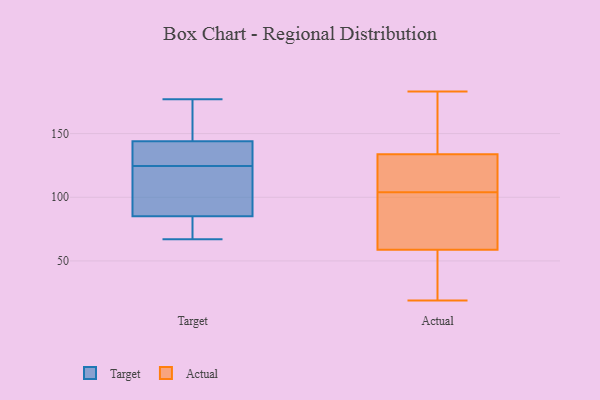
{"axis": {"x": "Net Income (USD K)", "y": "Value"}, "legend": ["Actual", "Target"], "data": [{"x": "", "y": 104, "type": "Target"}, {"x": "", "y": 174, "type": "Target"}, {"x": "", "y": 122, "type": "Target"}, {"x": "", "y": 74, "type": "Target"}, {"x": "", "y": 114, "type": "Target"}, {"x": "", "y": 172, "type": "Target"}, {"x": "", "y": 144, "type": "Target"}, {"x": "", "y": 128, "type": "Target"}, {"x": "", "y": 85, "type": "Target"}, {"x": "", "y": 127, "type": "Target"}, {"x": "", "y": 177, "type": "Target"}, {"x": "", "y": 70, "type": "Target"}, {"x": "", "y": 67, "type": "Target"}, {"x": "", "y": 133, "type": "Target"}, {"x": "", "y": 120, "type": "Actual"}, {"x": "", "y": 70, "type": "Actual"}, {"x": "", "y": 39, "type": "Actual"}, {"x": "", "y": 45, "type": "Actual"}, {"x": "", "y": 55, "type": "Actual"}, {"x": "", "y": 104, "type": "Actual"}, {"x": "", "y": 109, "type": "Actual"}, {"x": "", "y": 85, "type": "Actual"}, {"x": "", "y": 36, "type": "Actual"}, {"x": "", "y": 137, "type": "Actual"}, {"x": "", "y": 124, "type": "Actual"}, {"x": "", "y": 155, "type": "Actual"}, {"x": "", "y": 90, "type": "Actual"}, {"x": "", "y": 102, "type": "Actual"}, {"x": "", "y": 183, "type": "Actual"}, {"x": "", "y": 119, "type": "Actual"}, {"x": "", "y": 176, "type": "Actual"}, {"x": "", "y": 140, "type": "Actual"}, {"x": "", "y": 19, "type": "Actual"}]}